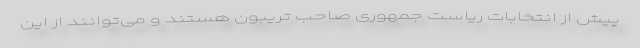
پیش از انتخابات ریاست جمهوری صاحب تریبون هستند و می‌توانند از این